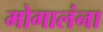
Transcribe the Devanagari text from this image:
मोगालंना